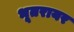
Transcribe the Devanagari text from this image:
भूतरायर